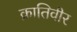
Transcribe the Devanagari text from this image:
क्रातिवीर